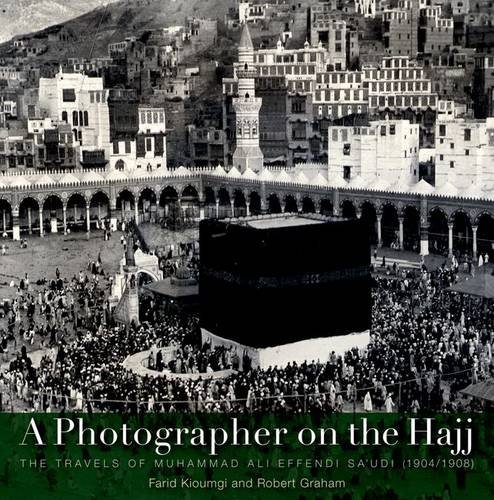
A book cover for A Photographer on the Hajj: The Travels of Mohammed Ali Effendi Saoudi 19041908; Farid Kioumgi; Travel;